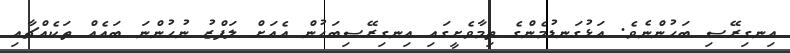
އިނގިރޭސި ބަހުންނެވެ. އަޅުގަނޑުމެންގެ ތިމާވެށީގައި އިނގިރޭސިބަހުން އެއަށް ލަފްޒު ނުހުންނަ ބައެއް ތަކެއްޗާއި